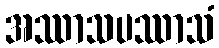
အဿာသပဿာသံ